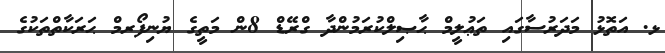
ޅ. އަތޮޅު މަދަރުސާގައި ތަޢުލީމް ޙާޞިލްކުރަމުންދާ ގްރޭޑް 8ން މަތީގެ ޔުނިފޯރމް ޙަރަކާތްތަކުގެ